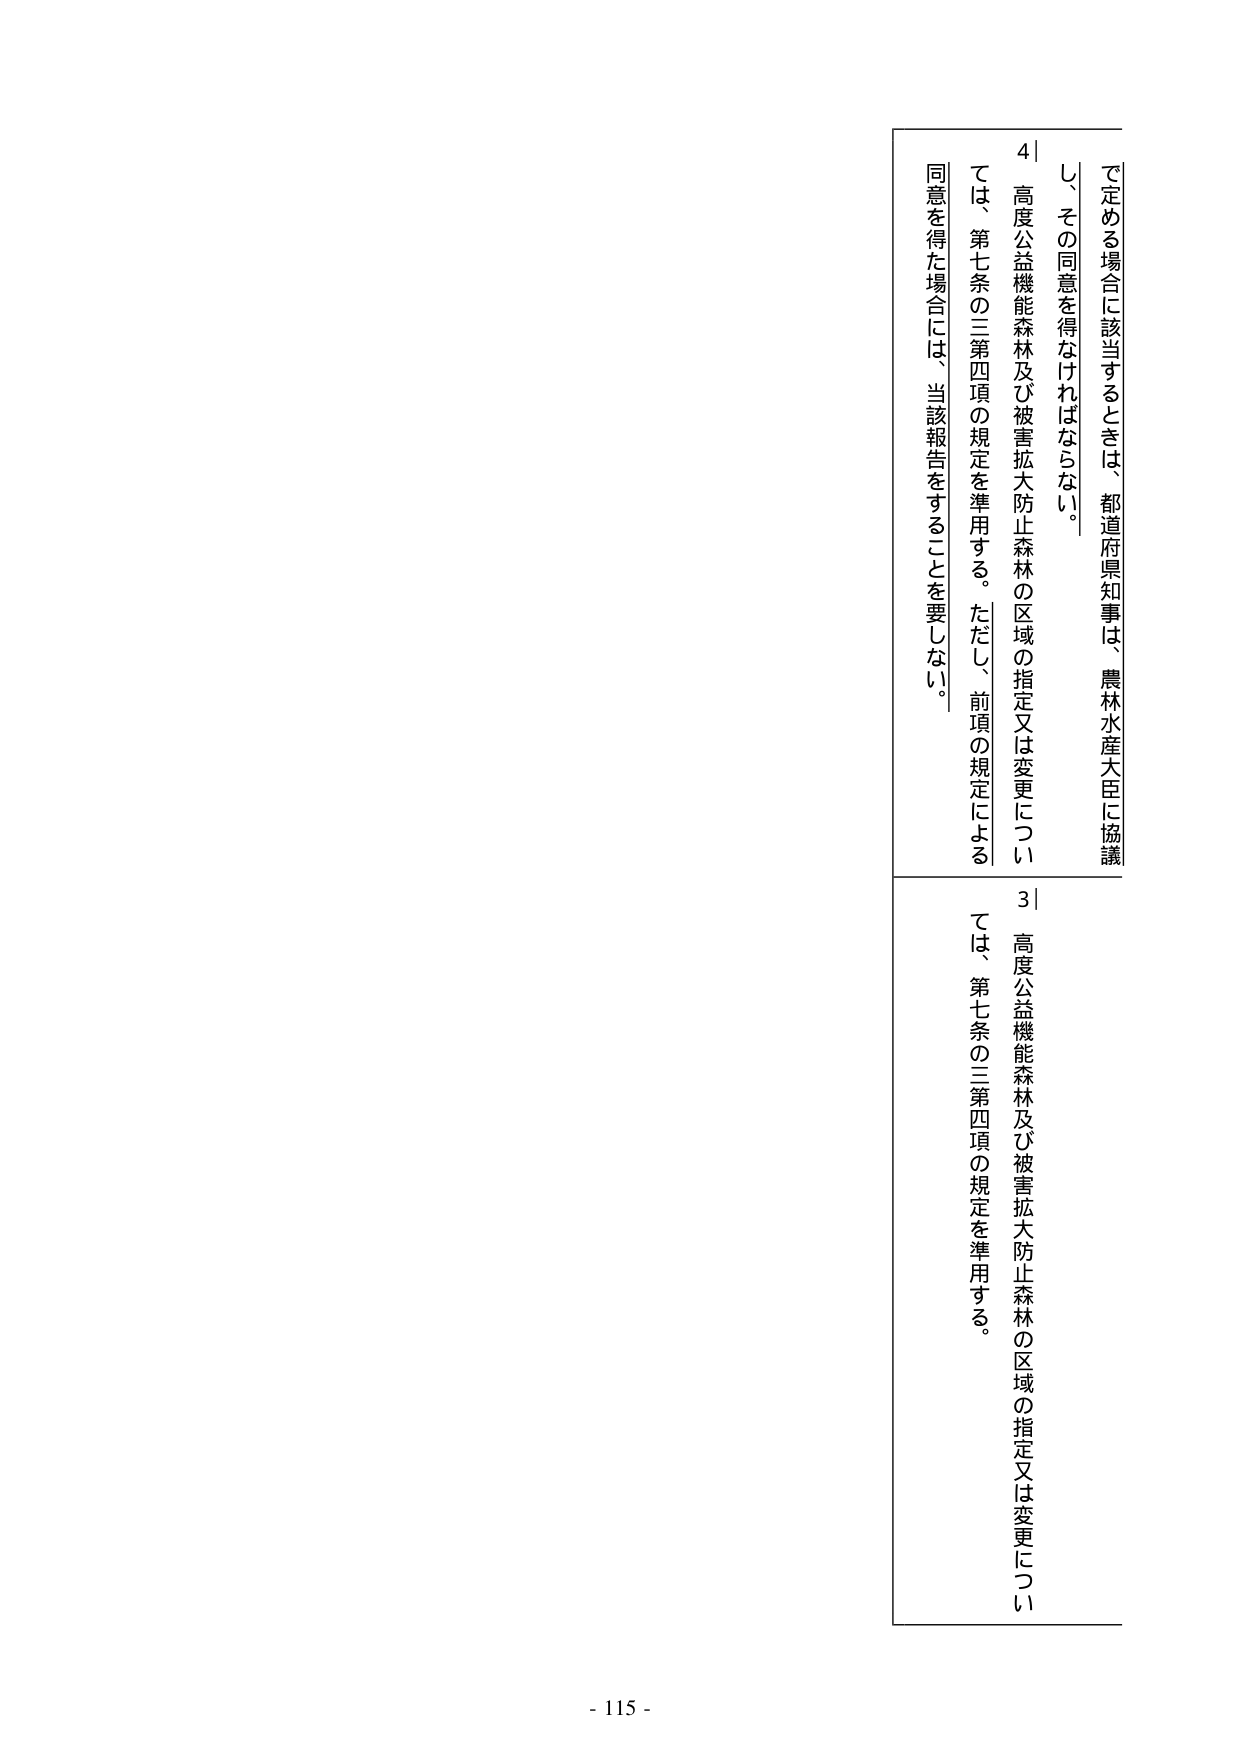
で定める場合に該当するときは、都道府県知事は、農林水産大臣に協議し、その同意を得なければならない。

4 高度公益機能森林及び被害拡大防止森林の区域の指定又は変更については、第七条の三第四項の規定を準用する。ただし、前項の規定による同意を得た場合には、当該報告をすることを要しない。

3 高度公益機能森林及び被害拡大防止森林の区域の指定又は変更については、第七条の三第四項の規定を準用する。

- 115 -